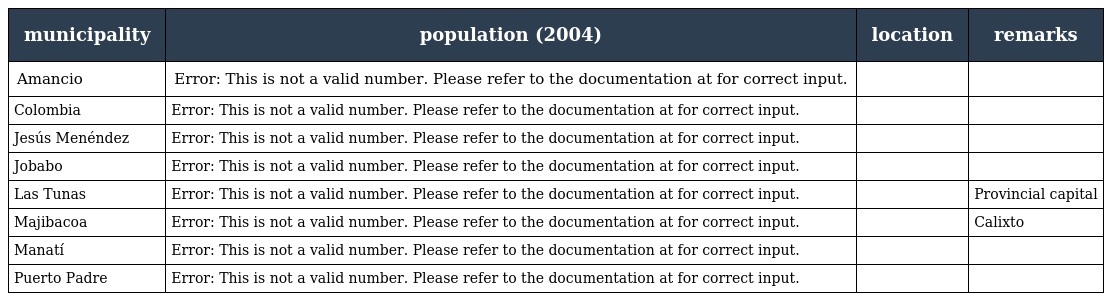
| municipality | population (2004) | location | remarks |
 | --- | --- | --- | --- |
 | Amancio | Error: This is not a valid number. Please refer to the documentation at for correct input. |  |  |
 | Colombia | Error: This is not a valid number. Please refer to the documentation at for correct input. |  |  |
 | Jesús Menéndez | Error: This is not a valid number. Please refer to the documentation at for correct input. |  |  |
 | Jobabo | Error: This is not a valid number. Please refer to the documentation at for correct input. |  |  |
 | Las Tunas | Error: This is not a valid number. Please refer to the documentation at for correct input. |  | Provincial capital |
 | Majibacoa | Error: This is not a valid number. Please refer to the documentation at for correct input. |  | Calixto |
 | Manatí | Error: This is not a valid number. Please refer to the documentation at for correct input. |  |  |
 | Puerto Padre | Error: This is not a valid number. Please refer to the documentation at for correct input. |  |  |